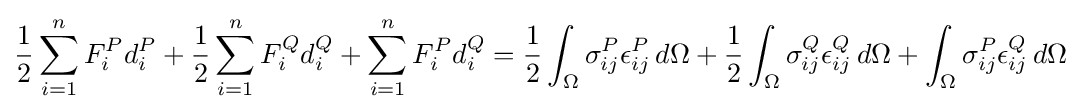
{\frac {1}{2}}\sum _{i=1}^{n}F_{i}^{P}d_{i}^{P}+{\frac {1}{2}}\sum _{i=1}^{n}F_{i}^{Q}d_{i}^{Q}+\sum _{i=1}^{n}F_{i}^{P}d_{i}^{Q}={\frac {1}{2}}\int _{\Omega }\sigma _{ij}^{P}\epsilon _{ij}^{P}\,d\Omega +{\frac {1}{2}}\int _{\Omega }\sigma _{ij}^{Q}\epsilon _{ij}^{Q}\,d\Omega +\int _{\Omega }\sigma _{ij}^{P}\epsilon _{ij}^{Q}\,d\Omega